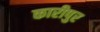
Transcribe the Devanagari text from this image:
कारीपुर